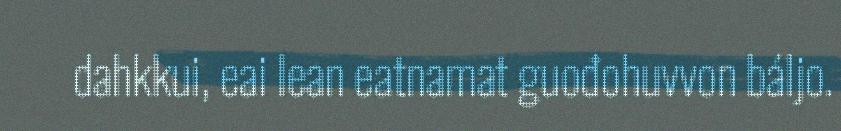
dahkkui, eai lean eatnamat guođohuvvon báljo.